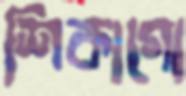
শিকাগো